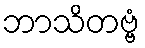
ဘာသိတဗ္ဗံ